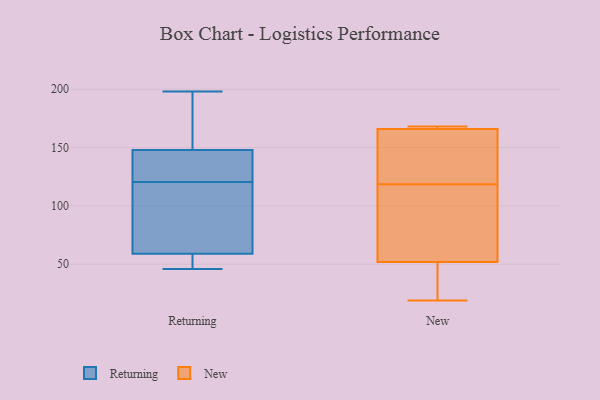
{"axis": {"x": "Active Users", "y": "Value"}, "legend": ["New", "Returning"], "data": [{"x": "", "y": 198, "type": "Returning"}, {"x": "", "y": 132, "type": "Returning"}, {"x": "", "y": 50, "type": "Returning"}, {"x": "", "y": 59, "type": "Returning"}, {"x": "", "y": 109, "type": "Returning"}, {"x": "", "y": 169, "type": "Returning"}, {"x": "", "y": 132, "type": "Returning"}, {"x": "", "y": 98, "type": "Returning"}, {"x": "", "y": 46, "type": "Returning"}, {"x": "", "y": 148, "type": "Returning"}, {"x": "", "y": 128, "type": "New"}, {"x": "", "y": 166, "type": "New"}, {"x": "", "y": 168, "type": "New"}, {"x": "", "y": 112, "type": "New"}, {"x": "", "y": 46, "type": "New"}, {"x": "", "y": 52, "type": "New"}, {"x": "", "y": 125, "type": "New"}, {"x": "", "y": 168, "type": "New"}, {"x": "", "y": 92, "type": "New"}, {"x": "", "y": 19, "type": "New"}]}